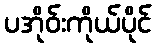
ပအိုဝ်းကိုယ်ပိုင်